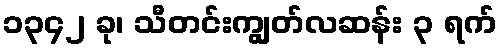
၁၃၄၂ ခု၊ သီတင်းကျွတ်လဆန်း ၃ ရက်